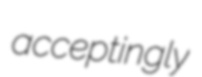
acceptingly